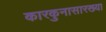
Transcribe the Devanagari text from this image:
कारकुनासारख्या